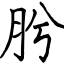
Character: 肹